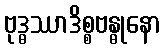
ဗုဒ္ဓဿာဒိစ္စဗန္ဓုနော